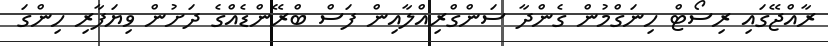
ރާއްޖޭގައި ރިސޯޓް ހިނަގްމުން ގެންދާ ސަންގްރިއްލާއިން ފަސް ބްރޭންޑެއްގެ ދަށުން ވިޔަފާރި ހިންގަ